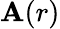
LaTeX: \mathbf{A}(r)